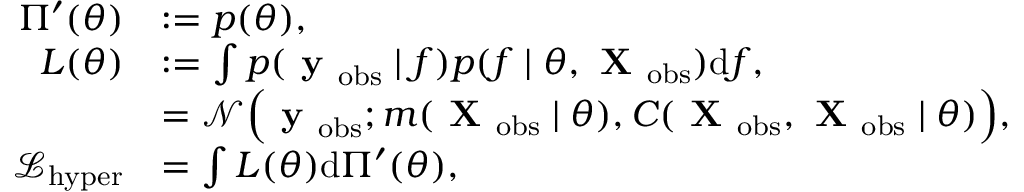
\begin{array} { r l } { \Pi ^ { \prime } ( \theta ) } & { : = p ( \theta ) , } \\ { L ( \theta ) } & { : = \int p ( \textbf { y } _ { \mathrm { o b s } } \mid f ) p ( f \mid \theta , \textbf { X } _ { \mathrm { o b s } } ) \mathrm { d } f , } \\ & { = \mathcal { N } \Big ( \textbf { y } _ { \mathrm { o b s } } ; m ( \textbf { X } _ { \mathrm { o b s } } \mid \theta ) , C ( \textbf { X } _ { \mathrm { o b s } } , \textbf { X } _ { \mathrm { o b s } } \mid \theta ) \Big ) , } \\ { \mathcal { L } _ { \mathrm { h y p e r } } } & { = \int L ( \theta ) \mathrm { d } \Pi ^ { \prime } ( \theta ) , } \end{array}